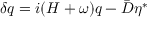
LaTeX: \delta q = i ( H + \omega ) q - \bar { D } \eta ^ { * }